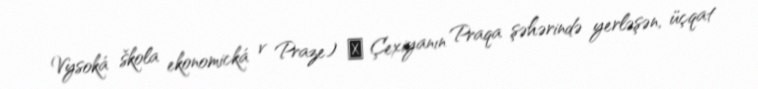
Vysoká škola ekonomická v Praze) ― Çexiyanın Praqa şəhərində yerləşən, üçqat